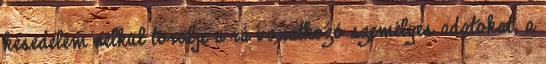
késedelem nélkül törölje a rá vonatkozó személyes adatokat, a